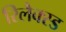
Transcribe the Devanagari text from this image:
रिलैक्स्ड